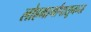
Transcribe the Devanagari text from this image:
लोहमार्गापासूनच्या